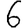
Digit: 6